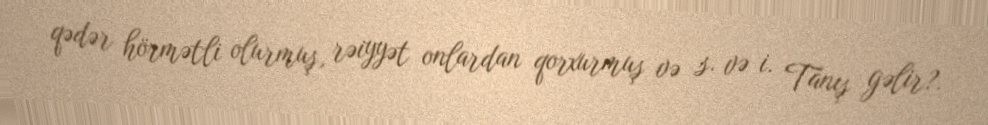
qədər hörmətli olurmuş, rəiyyət onlardan qorxurmuş və s. və i. Tanış gəlir?.